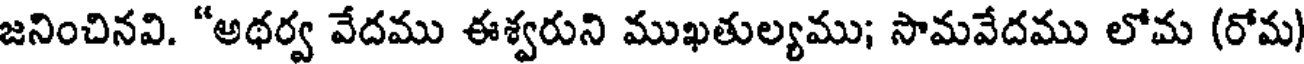
జనించినవి. "అథర్వ వేదము ఈశ్వరుని ముఖతుల్యము; సామవేదము లోమ (రోమ)